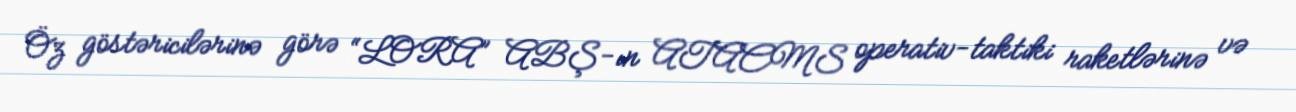
Öz göstəricilərinə görə “LORA” ABŞ-ın ATACMS operativ-taktiki raketlərinə və